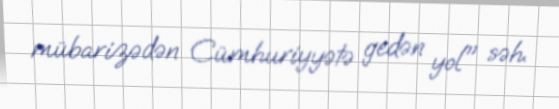
mübarizədən Cümhuriyyətə gedən yol" səh.